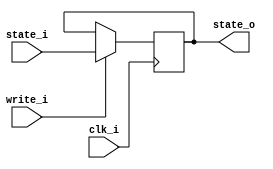
module input_register (
	input clk_i,
	input write_i,
	input [1023:0] state_i,
	
	output [1023:0] state_o
	);
	
reg [1023:0] state_d, state_q;

assign state_o = state_q;

always @(*) begin
	if (write_i) begin
		state_d = state_i;
	end else begin
		state_d = state_q;
	end
end

always @(posedge clk_i) begin
	state_q <= state_d;
end

endmodule